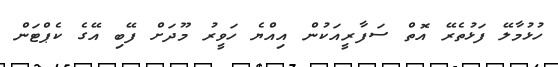
ހުޅުމާލޭ ފަޅުތެރޭ އޮތް ސަފާރީއަކުން އިއްޔެ ހަވީރު މޫދަށް ފޭބި އޭގެ ކެޕްޓަން